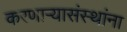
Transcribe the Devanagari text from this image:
करणाऱ्यासंस्थांना